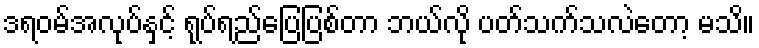
ဒရဝမ်အလုပ်နှင့် ရုပ်ရည်ပြေပြစ်တာ ဘယ်လို ပတ်သက်သလဲတော့ မသိ။